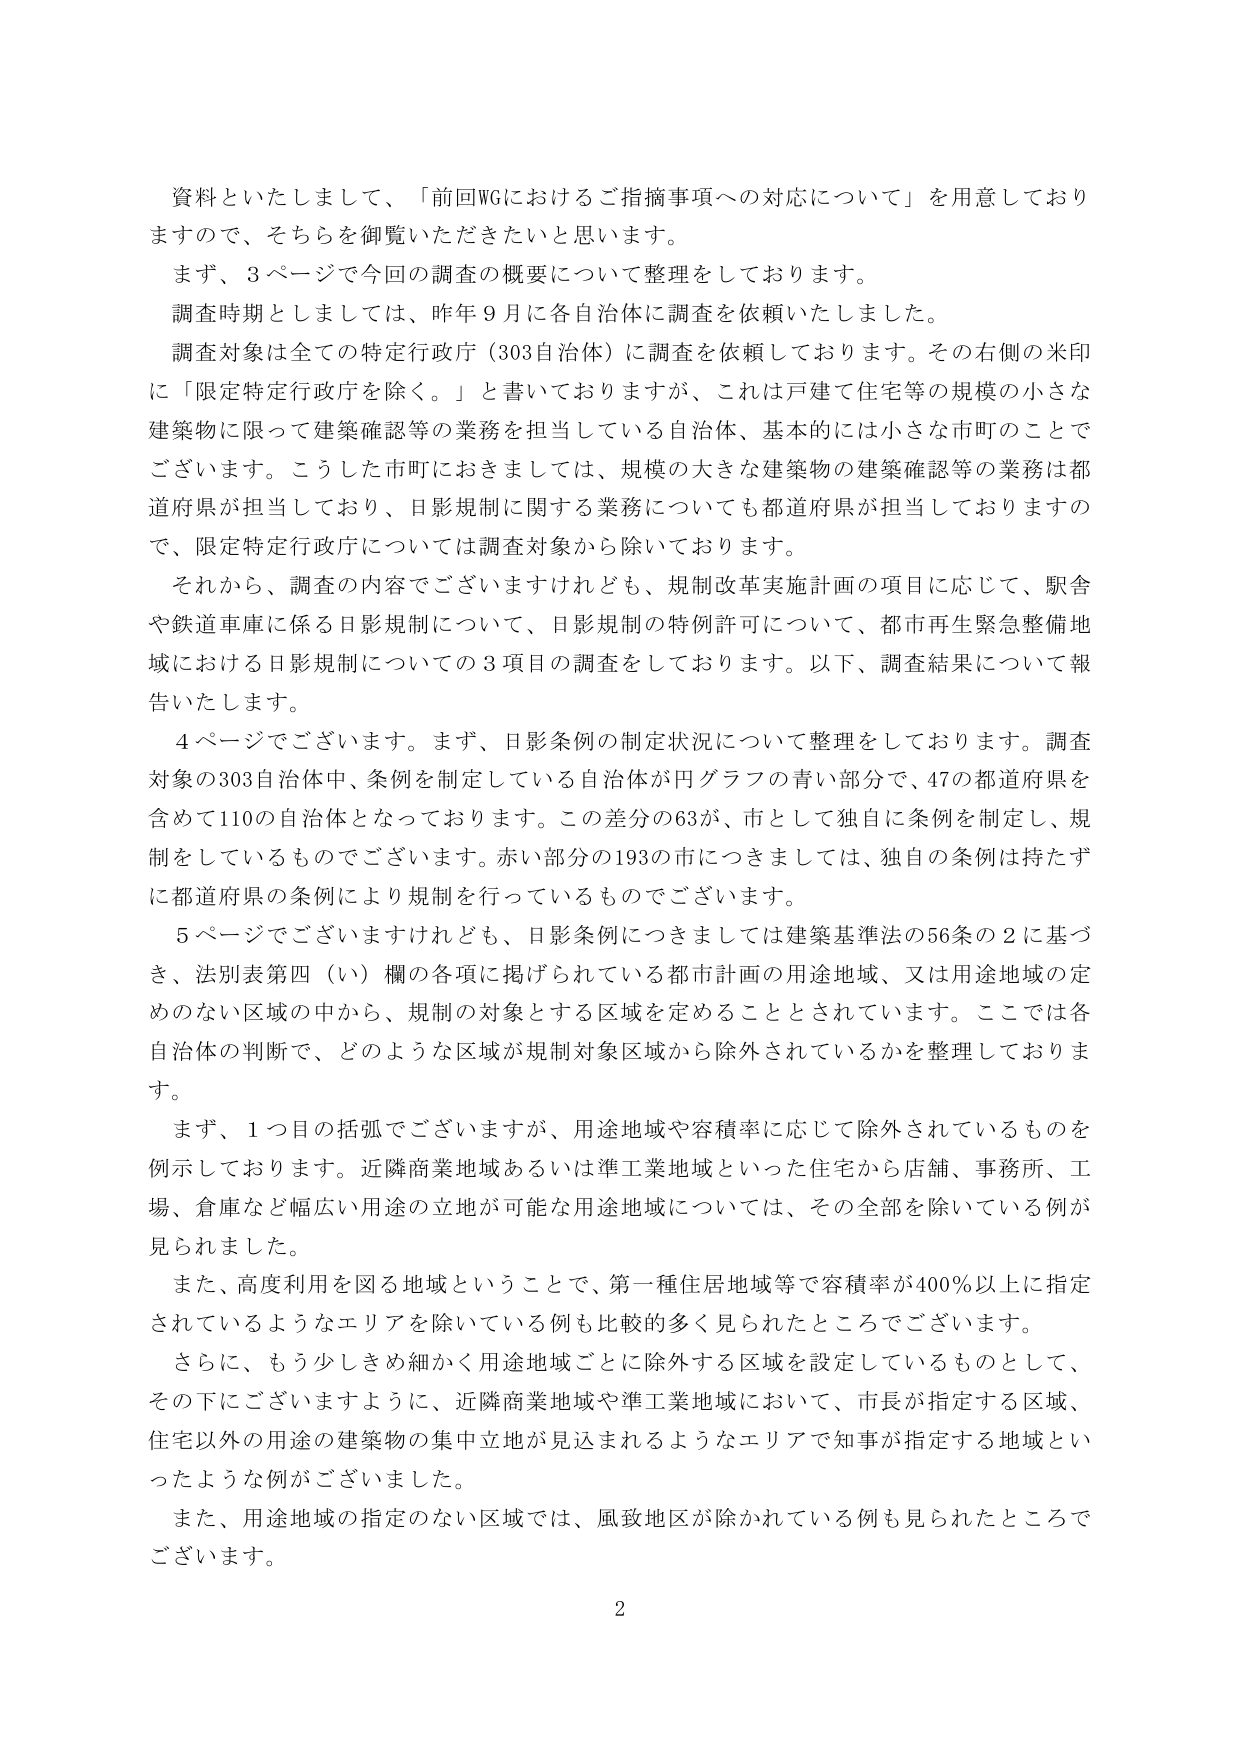
資料といたしまして、「前回WGにおけるご指摘事項への対応について」を用意しておりますので、そちらを御覧いただきたいと思います。
まず、3ページで今回の調査の概要について整理をしております。
調査時期としましては、昨年9月に各自治体に調査を依頼いたしました。
調査対象は全ての特定行政庁（303自治体）に調査を依頼しております。その右側の米印に「限定特定行政庁を除く。」と書いておりますが、これは戸建て住宅等の規模の小さな建築物に限って建築確認等の業務を担当している自治体、基本的には小さな市町のことです。こうした市町におきましては、規模の大きな建築物の建築確認等の業務は都道府県が担当しており、日影規制に関する業務についても都道府県が担当しておりますので、限定特定行政庁については調査対象から除いております。
それから、調査の内容でございますけれども、規制改革実施計画の項目に応じて、駅舎や鉄道車庫に係る日影規制について、日影規制の特例許可について、都市再生緊急整備地域における日影規制についての3項目の調査をしております。以下、調査結果について報告いたします。
4ページでございます。まず、日影条例の制定状況について整理をしております。調査対象の303自治体中、条例を制定している自治体が円グラフの青い部分で、47の都道府県を含めて110の自治体となっております。この差分の63が、市として独自に条例を制定し、規制をしているものでございます。赤い部分の193の市につきましては、独自の条例は持たずに都道府県の条例により規制を行っているものでございます。
5ページでございますけれども、日影条例につきましては建築基準法の56条の2に基づき、法別表第四（い）欄の各項に掲げられている都市計画の用途地域、又は用途地域の定めのない区域の中から、規制の対象とする区域を定めることとされています。ここでは各自治体の判断で、どのような区域が規制対象区域から除外されているかを整理しております。
まず、1つ目の括弧でございますが、用途地域や容積率に応じて除外されているものを例示しております。近隣商業地域あるいは準工業地域といった住宅から店舗、事務所、工場、倉庫など幅広い用途の立地が可能な用途地域については、その全部を除いている例が見られました。
また、高度利用を図る地域ということで、第一種住居地域等で容積率が400％以上に指定されているようなエリアを除いている例も比較的多く見られたところでございます。
さらに、もう少しきめ細かく用途地域ごとに除外する区域を設定しているものとして、その下にございますように、近隣商業地域や準工業地域において、市長が指定する区域、住宅以外の用途の建築物の集中立地が見込まれるようなエリアで知事が指定する地域といったような例がございました。
また、用途地域の指定のない区域では、風致地区が除かれている例も見られたところでございます。
2